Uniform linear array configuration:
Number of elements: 16
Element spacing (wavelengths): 0.25
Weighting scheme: uniform
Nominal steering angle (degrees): -15
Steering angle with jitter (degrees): -15.321
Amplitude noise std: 0.05
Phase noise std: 0.05

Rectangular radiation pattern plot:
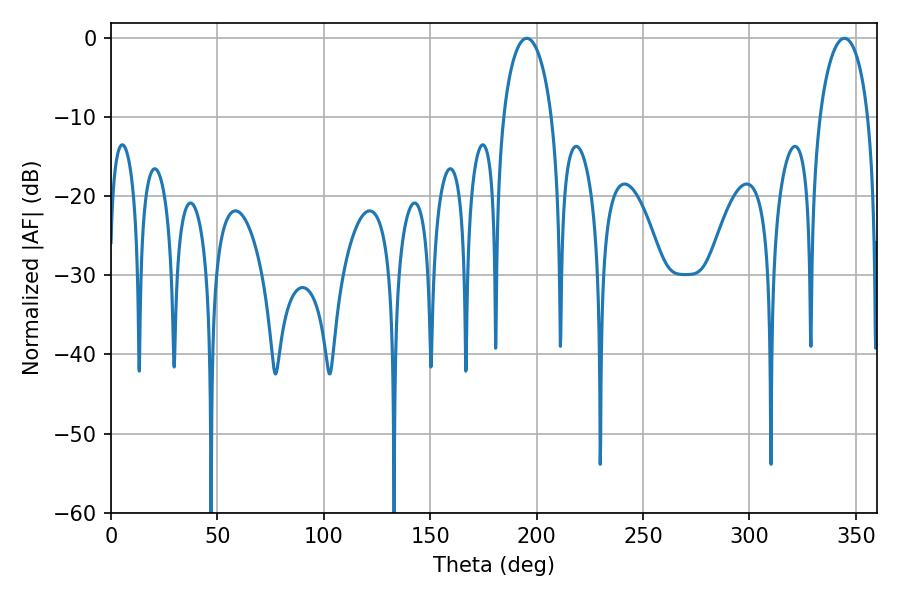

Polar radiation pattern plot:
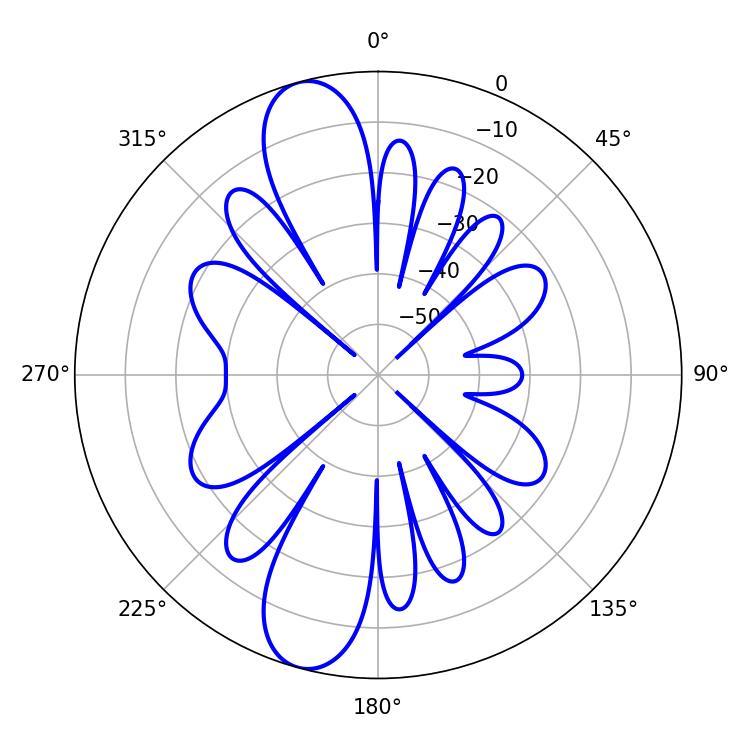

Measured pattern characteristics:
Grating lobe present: FALSE
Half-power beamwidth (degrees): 12.96
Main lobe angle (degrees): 195.3